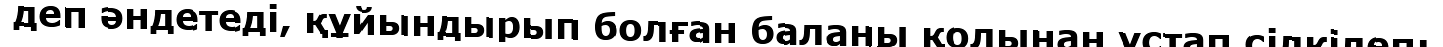
деп әндетедi, құйындырып болған баланы қолынан ұстап сiлкiлеп: